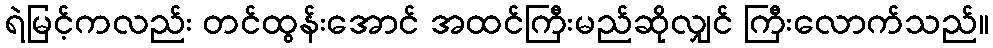
ရဲမြင့်ကလည်း တင်ထွန်းအောင် အထင်ကြီးမည်ဆိုလျှင် ကြီးလောက်သည်။